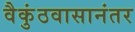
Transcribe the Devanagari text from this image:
वैकुंठवासानंतर